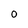
Character: 0